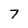
Character: 7